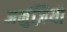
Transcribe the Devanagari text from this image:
अनुंज़ियो